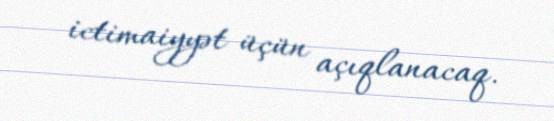
ictimaiyyət üçün açıqlanacaq.